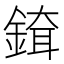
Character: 𨨹